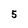
Character: 5